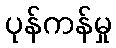
ပုန်ကန်မှု